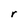
Character: r